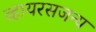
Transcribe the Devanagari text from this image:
व्हायरसजन्य